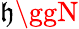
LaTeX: \mathfrak{h}\ggN